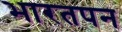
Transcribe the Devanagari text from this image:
भारतपन